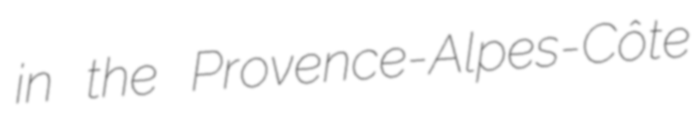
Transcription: in the Provence-Alpes-Côte